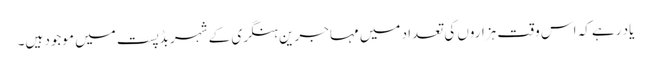
یاد رہے کہ اس وقت ہزاروں کی تعداد میں مہاجرین ہنگری کے شہر بڈپست میں موجود ہیں۔